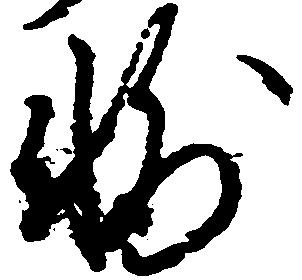
輔